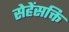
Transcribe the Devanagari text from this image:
सेहेंसक्ति